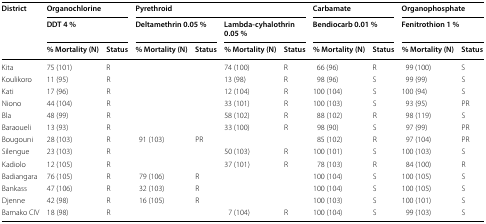
| <ROWSPAN=3> District | <COLSPAN=2> Organochlorine | <COLSPAN=4> Pyrethroid | <COLSPAN=2> Carbamate | <COLSPAN=2> Organophosphate |
 | <COLSPAN=2> DDT 4 % | <COLSPAN=2> Deltamethrin 0.05 % | <COLSPAN=2> Lambda-cyhalothrin 0.05 % | <COLSPAN=2> Bendiocarb 0.01 % | <COLSPAN=2> Fenitrothion 1 % |
 | % Mortality (N) | Status | % Mortality (N) | Status | % Mortality (N) | Status | % Mortality (N) | Status | % Mortality (N) | Status |
 | --- | --- | --- | --- | --- | --- | --- | --- | --- | --- | --- |
 | Kita | 75 (101) | R |  |  | 74 (100) | R | 66 (96) | R | 99 (100) | S |
 | Koulikoro | 11 (95) | R |  |  | 13 (98) | R | 98 (96) | S | 99 (99) | S |
 | Kati | 17 (96) | R |  |  | 12 (104) | R | 100 (104) | S | 100 (94) | S |
 | Niono | 44 (104) | R |  |  | 33 (101) | R | 100 (103) | S | 93 (95) | PR |
 | Bla | 48 (99) | R |  |  | 58 (102) | R | 88 (102) | R | 98 (119) | S |
 | Baraoueli | 13 (93) | R |  |  | 33 (100) | R | 98 (90) | S | 97 (99) | PR |
 | Bougouni | 28 (103) | R | 91 (103) | PR |  |  | 85 (102) | R | 97 (104) | PR |
 | Silengue | 23 (103) | R |  |  | 50 (103) | R | 100 (101) | S | 100 (103) | S |
 | Kadiolo | 12 (105) | R |  |  | 37 (101) | R | 78 (103) | R | 84 (100) | R |
 | Badiangara | 76 (105) | R | 79 (106) | R |  |  | 100 (104) | S | 100 (105) | S |
 | Bankass | 47 (106) | R | 32 (103) | R |  |  | 100 (104) | S | 100 (105) | S |
 | Djenne | 42 (98) | R | 16 (105) | R |  |  | 100 (103) | S | 100 (101) | S |
 | Bamako CIV | 18 (98) | R |  |  | 7 (104) | R | 100 (104) | S | 99 (103) | S |